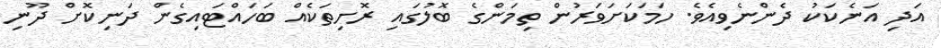
އަދި އަނެކަކު ދެންނެވިއެވެ. ހަމަކަށަވަރުން ތިމަންގެ ބޮލުގައި ރޮށިތަކެއް ބަހައްޓައިގެން ދަނިކޮށް ދޫނި